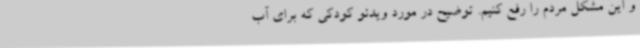
و این مشکل مردم را رفع کنیم. توضیح در مورد ویدئو کودکی که برای آب